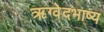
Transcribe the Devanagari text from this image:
ऋग्वेदभाष्य